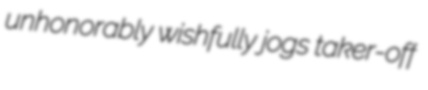
unhonorably wishfully jogs taker-off